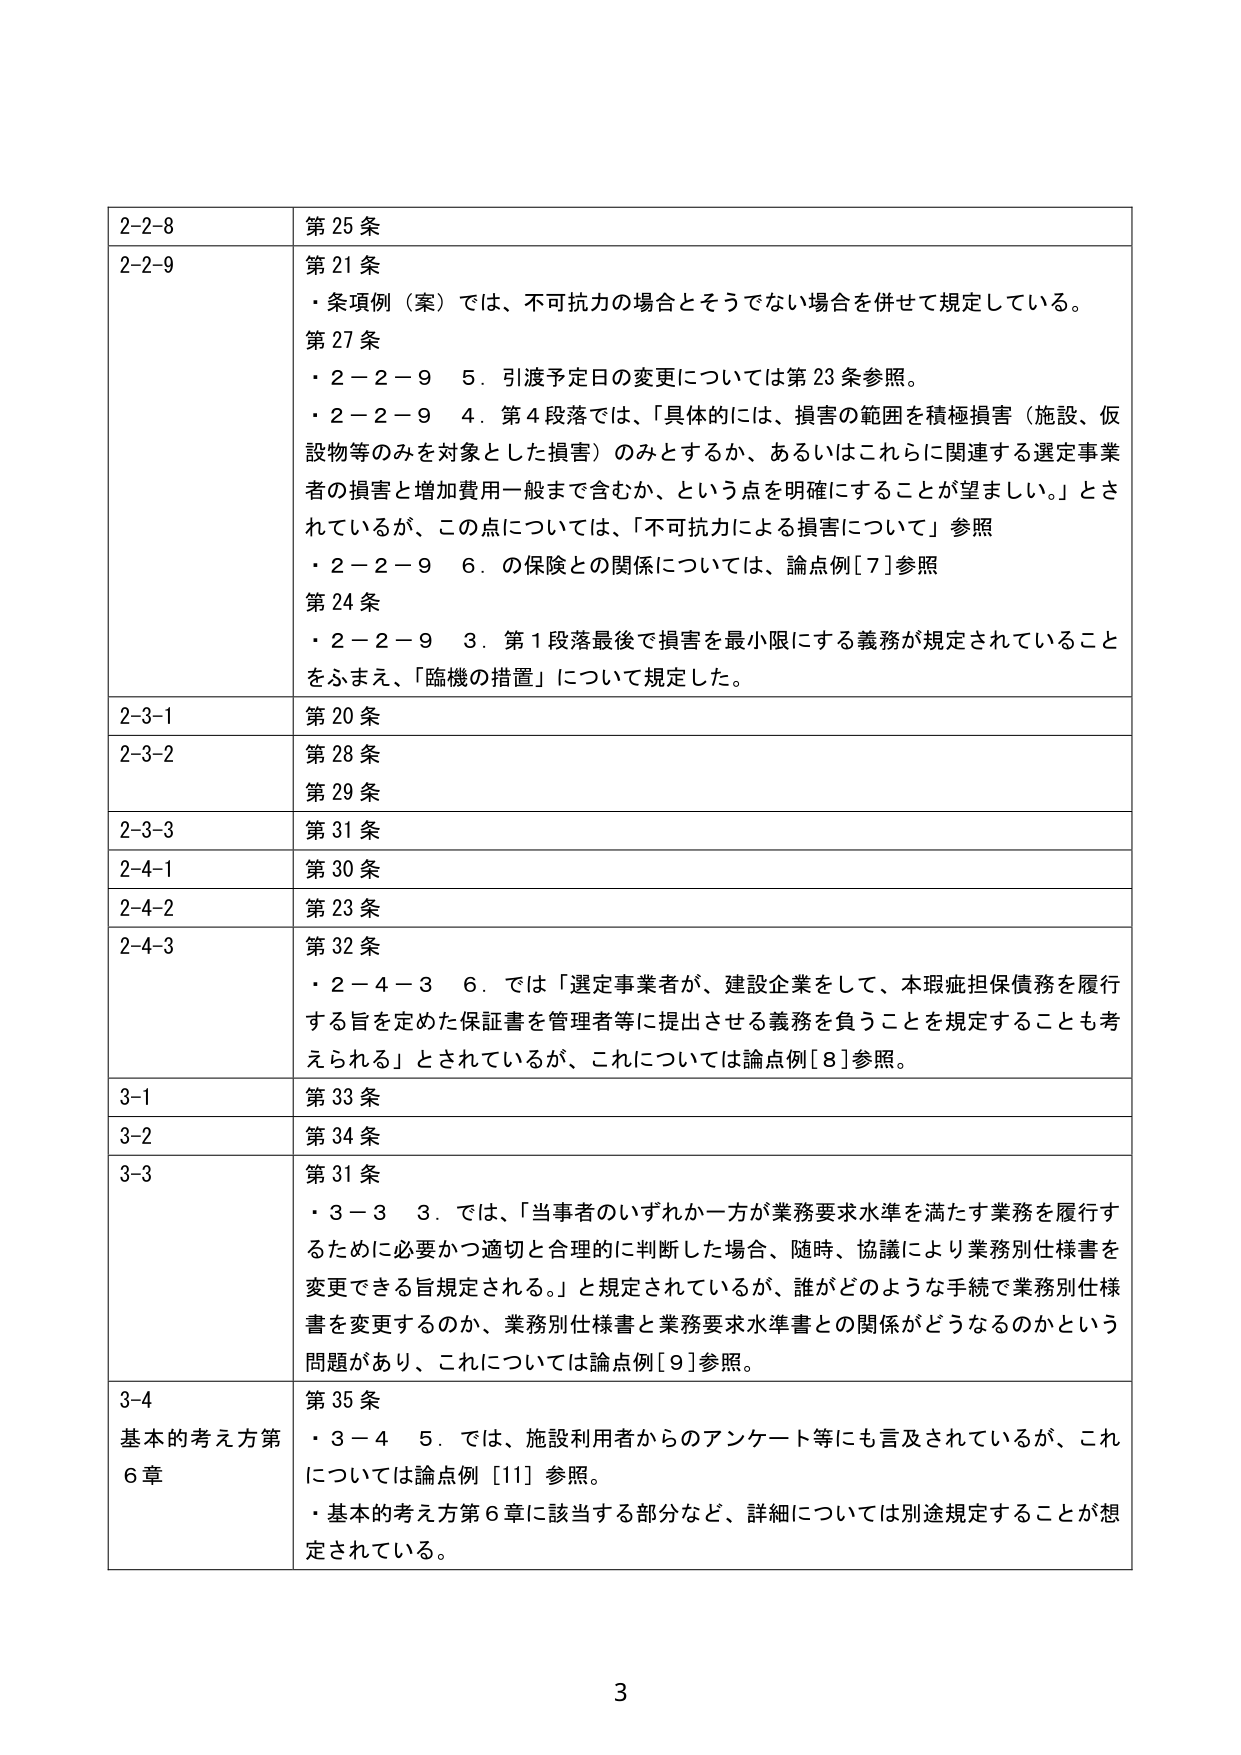
2-2-8 第25条
2-2-9 第21条
・条項例（案）では、不可抗力の場合とそうでない場合を併せて規定している。
第27条
・2－2－9 5．引渡予定日の変更については第23条参照。
・2－2－9 4．第4段落では、「具体的には、損害の範囲を積極損害（施設、仮設物等のみを対象とした損害）のみとするか、あるいはこれらに関連する選定事業者の損害と増加費用一般まで含むか、という点を明確にすることが望ましい。」とされているが、この点については、「不可抗力による損害について」参照
・2－2－9 6．の保険との関係については、論点例[7]参照
第24条
・2－2－9 3．第1段落最後で損害を最小限にする義務が規定されていることをふまえ、「臨機の措置」について規定した。

2-3-1 第20条
2-3-2 第28条
第29条
2-3-3 第31条
2-4-1 第30条
2-4-2 第23条
2-4-3 第32条
・2－4－3 6．では「選定事業者が、建設企業をして、本瑕疵担保債務を履行する旨を定めた保証書を管理者等に提出させる義務を負うことを規定することも考えられる」とされているが、これについては論点例[8]参照。

3-1 第33条
3-2 第34条
3-3 第31条
・3－3 3．では、「当事者のいずれか一方が業務要求水準を満たす業務を履行するために必要かつ適切と合理的に判断した場合、随時、協議により業務別仕様書を変更できる旨規定される。」と規定されているが、誰がどのような手続で業務別仕様書を変更するのか、業務別仕様書と業務要求水準書との関係がどうなるのかという問題があり、これについては論点例[9]参照。

3-4 第35条
基本的考え方第6章
・3－4 5．では、施設利用者からのアンケート等にも言及されているが、これについては論点例[11]参照。
・基本的考え方第6章に該当する部分など、詳細については別途規定することが想定されている。

3